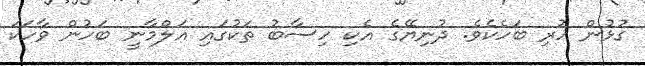
ގުޅުން ހުރި ބަހެކެވެ. ދުނިޔޭގެ އެކި ހިސާބު ތަކުގައި އަލްމާނީ ބަހުން ވާހަކަ